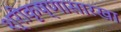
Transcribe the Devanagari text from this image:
श्रीकृष्णासारखा